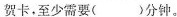
贺卡，至少需要（）分钟。